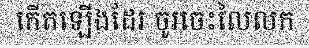
កើតឡើងដែរ ចូរចេះលៃលក